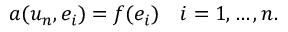
a ( u _ { n } , e _ { i } ) = f ( e _ { i } ) \quad i = 1 , \ldots , n .